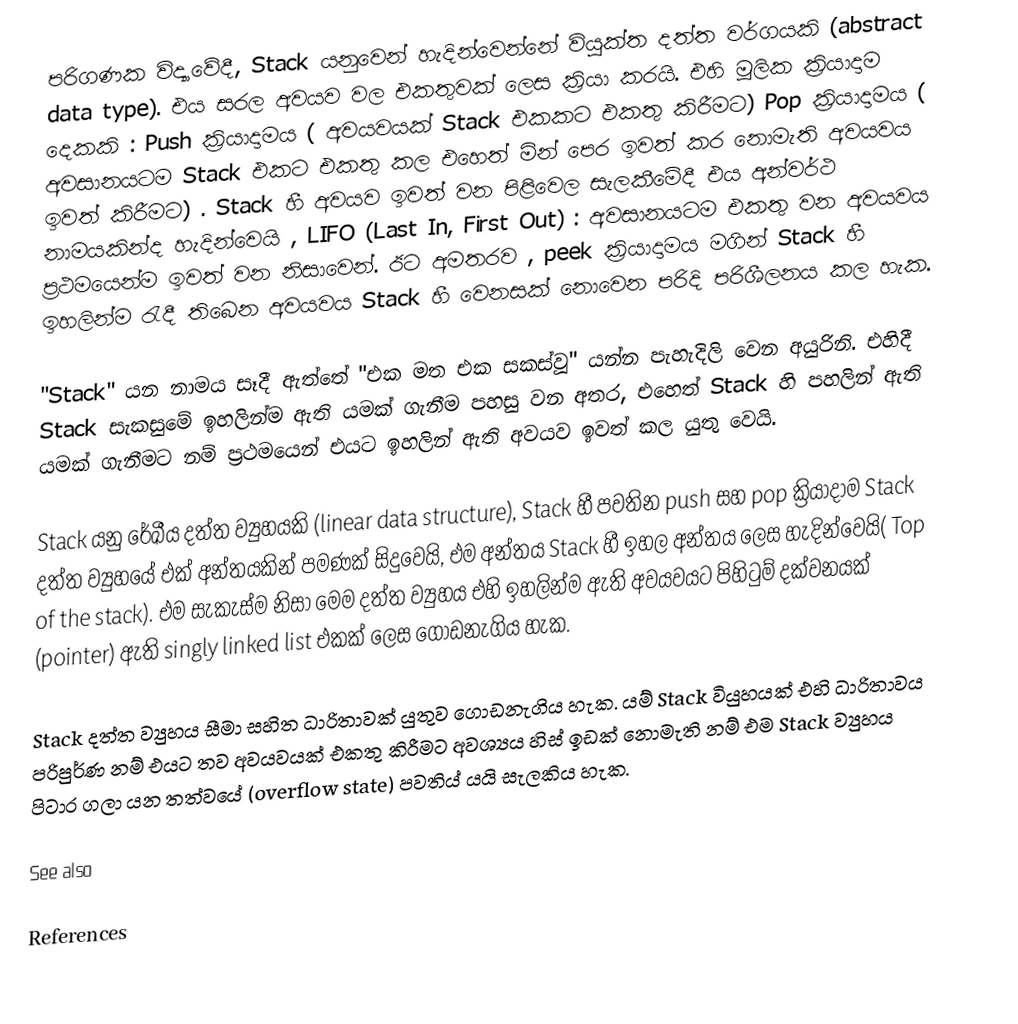
පරිගණක විද්‍යාවේදී,  Stack යනුවෙන් හැදින්වෙන්නේ   වියුක්ත දත්ත වර්ගයකි (abstract data type). එය සරල අවයව වල එකතුවක් ලෙස ක්‍රියා කරයි. එහි මූලික ක්‍රියාදාම දෙකකි : Push ක්‍රියාදාමය ( අවයවයක් Stack එකකට එකතු කිරීමට) Pop ක්‍රියාදාමය ( අවසානයටම  Stack එකට එකතු කල එහෙත් මින් පෙර ඉවත් කර නොමැති අවයවය ඉවත් කිරීමට) . Stack හී අවයව ඉවත් වන පිළිවෙල සැලකීමේදී  එය අන්වර්ථ නාමයකින්ද හැදින්වෙයි , LIFO  (Last In, First Out) : අවසානයටම එකතු වන අවයවය ප්‍රථමයෙන්ම ඉවත් වන නිසාවෙන්. ඊට අමතරව ,  peek ක්‍රියාදාමය මගින් Stack හී ඉහලින්ම රැදී තිබෙන අවයවය Stack හී වෙනසක් නොවෙන පරිදි පරිශීලනය කල හැක.

"Stack" යන නාමය සෑදී ඇත්තේ "එක මත එක සකස්වූ" යන්න පැහැදිලි වෙන අයුරිනි. එහිදී Stack සැකසුමේ ඉහලින්ම ඇති යමක් ගැනීම පහසු වන අතර, එහෙත් Stack හි පහලින් ඇති යමක් ගැනීමට නම් ප්‍රථමයෙන් එයට ඉහලින් ඇති අවයව ඉවත් කල යුතු වෙයි.

Stack  යනු රේඛීය දත්ත ව්‍යුහයකි (linear data structure), Stack හී පවතින push සහ pop ක්‍රියාදාම Stack දත්ත ව්‍යුහයේ එක් අන්තයකින් පමණක් සිදුවෙයි, එම අන්තය Stack හී ඉහල අන්තය ලෙස හැදින්වෙයි( Top of the stack). එම සැකැස්ම නිසා මෙම දත්ත ව්‍යුහය එහි ඉහලින්ම ඇති අවයවයට පිහිටුම් දක්වනයක් (pointer) ඇති  singly linked list එකක් ලෙස ගොඩනැගිය හැක.

Stack දත්ත ව්‍යුහය සීමා සහිත ධාරිතාවක් යුතුව ගොඩනැගිය හැක. යම් Stack වියුහයක් එහි ධාරිතාවය පරිපුර්ණ නම් එයට තව අවයවයක් එකතු කිරීමට අවශ්‍යය හිස් ඉඩක් නොමැති නම් එම Stack ව්‍යුහය පිටාර ගලා යන තත්වයේ (overflow state) පවතිය් යයි සැලකිය හැක.

See also

References